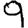
Digit: 9